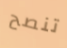
تنصح